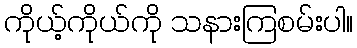
ကိုယ့်ကိုယ်ကို သနားကြစမ်းပါ။